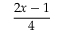
\frac { 2 x - 1 } { 4 }